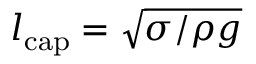
l _ { \mathrm { c a p } } = \sqrt { \sigma / \rho g }